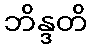
ဘိန္ဒတိ